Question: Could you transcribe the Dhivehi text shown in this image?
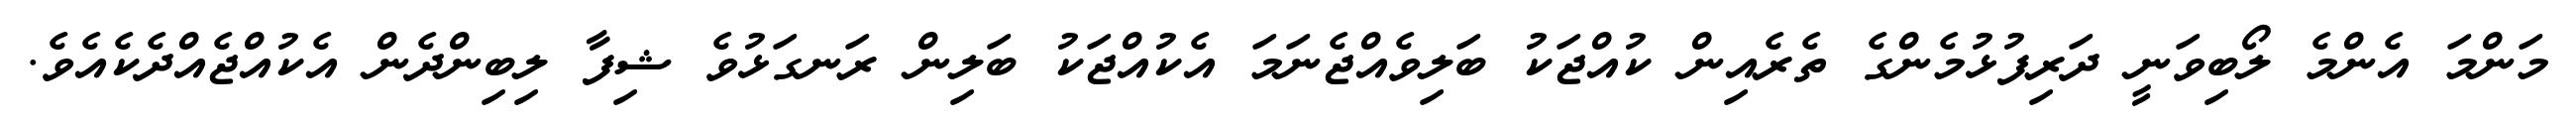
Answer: މަންމަ އެންމެ ލޯބިވަނީ ދަރިފުޅުމެންގެ ތެރެއިން ކުއްޖަކު ބަލިވެއްޖެނަމަ އެކުއްޖަކު ބަލިން ރަނގަޅުވެ ޝިފާ ލިބިންދެން އެކުއްޖެއްދެކެއެވެ.